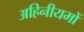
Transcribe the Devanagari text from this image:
अहिनीयमों